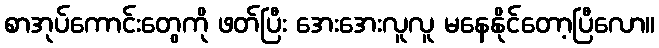
စာအုပ်ကောင်းတွေကို ဖတ်ပြီး အေးအေးလူလူ မနေနိုင်တော့ပြီလော။